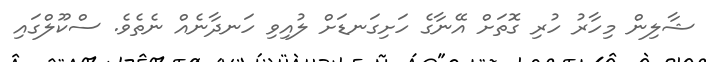
ޝާލިން މިހާރު ހުރި ގޮތަށް އޭނާގެ ހަށިގަނޑަށް ލުއިވި ހަނދާނެއް ނެތެވެ. ސްކޫލްގައި